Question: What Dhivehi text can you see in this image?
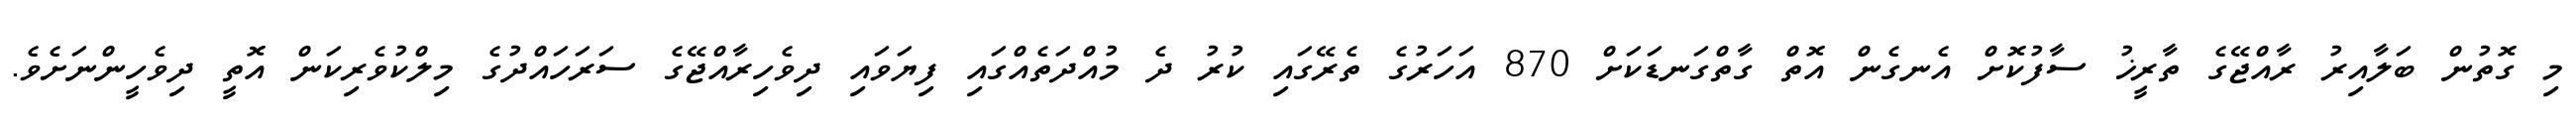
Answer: މި ގޮތުން ބަލާއިރު ރާއްޖޭގެ ތާރީޚު ސާފުކޮށް އެނގެން އޮތް ގާތްގަނޑަކަށް 870 އަހަރުގެ ތެރޭގައި ކުރު ދެ މުއްދަތެއްގައި ފިޔަވައި ދިވެހިރާއްޖޭގެ ސަރަހައްދުގެ މިލްކުވެރިކަން އޮތީ ދިވެހީންނަށެވެ.